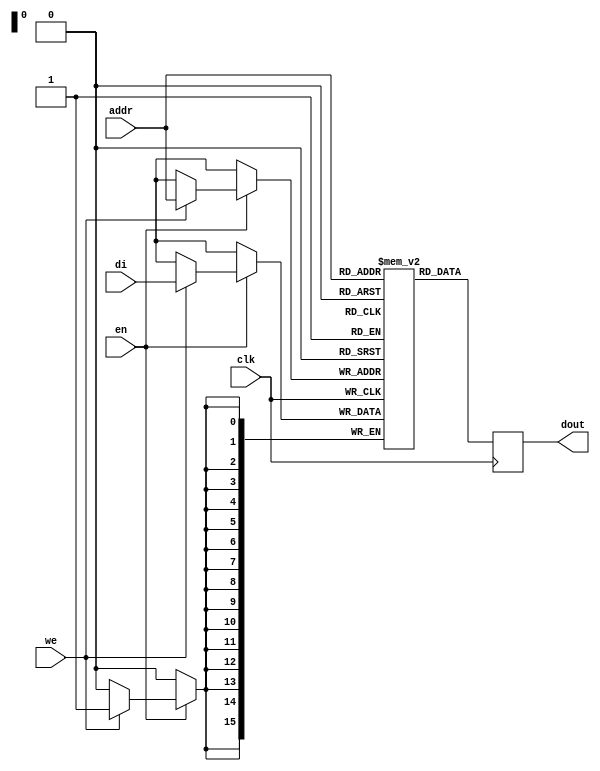
`timescale 1ns / 1ps
//////////////////////////////////////////////////////////////////////////////////
// Company: 
// Engineer: 
// 
// Design Name: 
// Module Name: bramv2
// Project Name: 
// Target Devices: 
// Tool Versions: 
// Description: 
// 
// Dependencies: 
// 
// Revision:
// Revision 0.01 - File Created
// Additional Comments:
// 
//////////////////////////////////////////////////////////////////////////////////
// Single-Port Block RAM Write-First Mode (recommended template)
module rams_sp_wf (clk, we, en, addr, di, dout);
input clk;
input we;
input en;
input [15:0] addr;
input [15:0] di;
output [15:0] dout;
reg [15:0] RAM [65535:0];
reg [15:0] dout;

always @(posedge clk)
    begin
        if (en)
        begin
            if (we)
                begin
                RAM[addr] <= di;
                end
             end
            dout <= RAM[addr];
end
endmodule